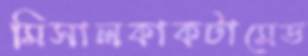
মিসালকাকটামেড